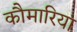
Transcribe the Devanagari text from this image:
कौमारियां